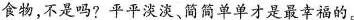
食物，不是吗?平平淡淡、简简单单才是最幸福的。